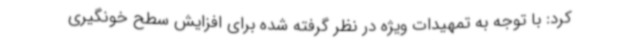
کرد: با توجه به تمهیدات ویژه در نظر گرفته شده برای افزایش سطح خونگیری